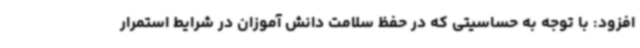
افزود: با توجه به حساسیتی که در حفظ سلامت دانش آموزان در شرایط استمرار